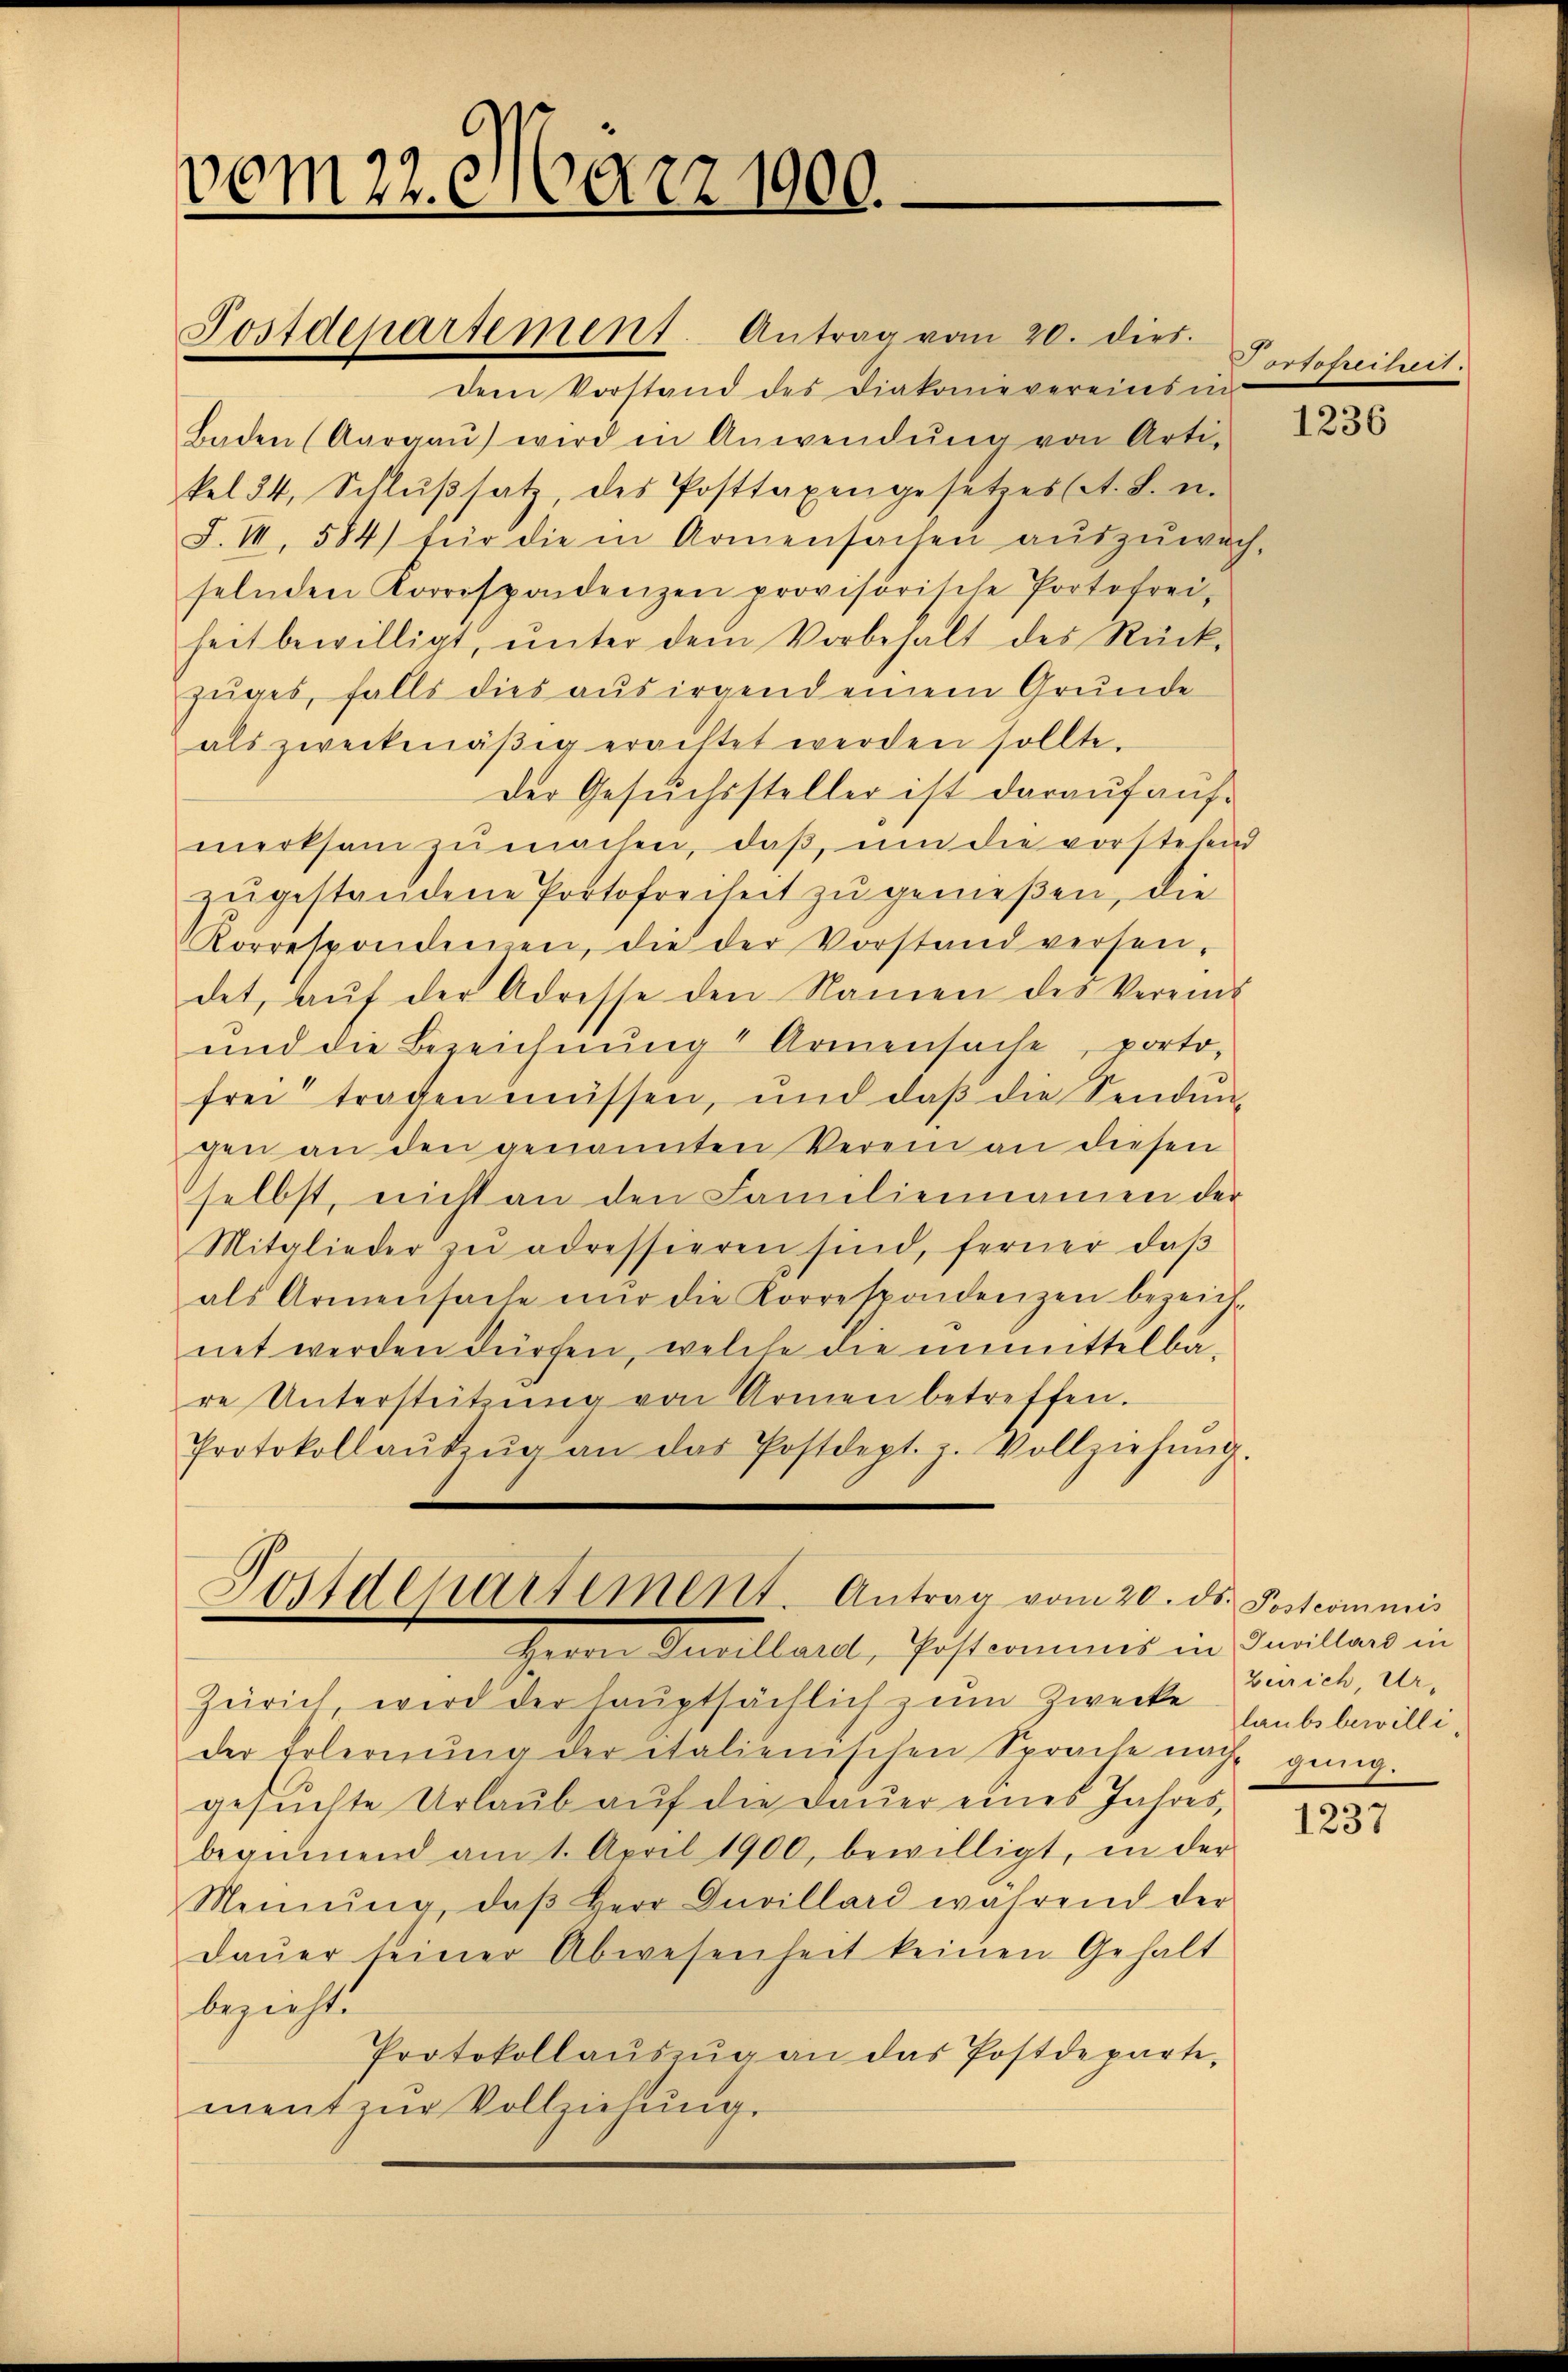
vom 22. März 1900.

Postdepartement. Antrag vom 20. dies.

dem Vorstand des Diakonievereins in
Baden (Aargaŭ) wird in Anwendŭng von Arti-
kel 34, Schlŭβsatz, des Posttaxengesetzesst. B. u.
S. III, 584) für die in Armensachen aŭszŭwach-
selnden Korrespondenzen provisorische Portofrei,
heit bewilligt, ŭnter dem Vorbehalt des Rück-
zuges, falls dies aus irgend einem Grunde
als zweckmäβig erachtet werden sollte.
Der Gesuchssteller ist darauf aufmerksam zu machen, daß, um die vorstelend
zŭgestandene Portofreiheit zu genießen, die
Korrespondenen, die der Vorstand versen-
det, aŭf der Adresse den Namen des Vereins
und die Bezeichnung Armensache, porto-
frei tragen müssen, und daβ die Sendŭng
gen an den genannten Verein an diesen
selbst, nicht an den Familiennamen der
Mitglieder zŭ adressieren sind, ferner daβ
als Armensache nŭr die Korrespondenzen bezeich-
net werden dürfen, welche die unmittelba-
re Untersteitzŭng von Armen betreffen.
Protokollaŭfzŭg an das Postdept. p. Vollziehŭng.

Postdepartement. Antrag vom 20. d.
Geden Gesellatt, Posterminis in Familler in

Zürich, wird der haŭptsächlich zum Zwecke Laubsbewillider Erlernŭng der italienischen Sprache nach ging.
gesuchte Urlaub auf die Dauer eines Jahres,
beginnend am 1. April 1900, bewilligt, in der
Meinŭng, daβ Herr Duvillard während der
daŭer seiner Abwesenheit keinen Gehalt
bezieht.
Protokollaŭszŭg an das Postdeparte,
ment zur Vollziehung.

Portofreiheit.

1236

S. Postcommis
Zürich, Ur¬

1237